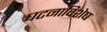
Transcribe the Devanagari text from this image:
घटनाविशेष